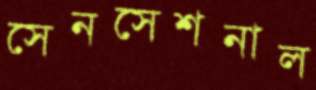
সেনসেশনাল